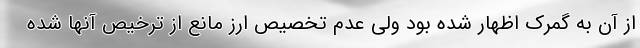
از آن به گمرک اظهار شده بود ولی عدم تخصیص ارز مانع از ترخیص آنها شده